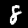
Digit: 8